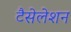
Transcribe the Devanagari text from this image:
टैसेलेशन